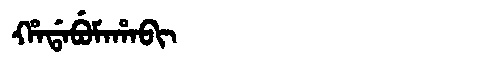
Manchu: ᡥᠠᡩᠠᠪᡠᠮᠠᡥᠠᠪᡳ
Romanization: HADABUMAHABI